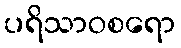
ပရိသာဝစရော